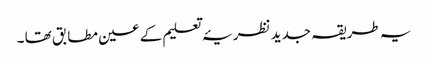
یہ طریقہ جدید نظریۂ تعلیم کے عین مطابق تھا ۔